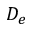
D _ { e }